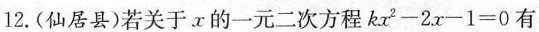
12.(仙居县)若关于x的一元二次方程$$k x ^ { 2 } - 2 x - 1 = 0$$有